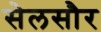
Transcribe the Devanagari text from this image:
सेलसौर